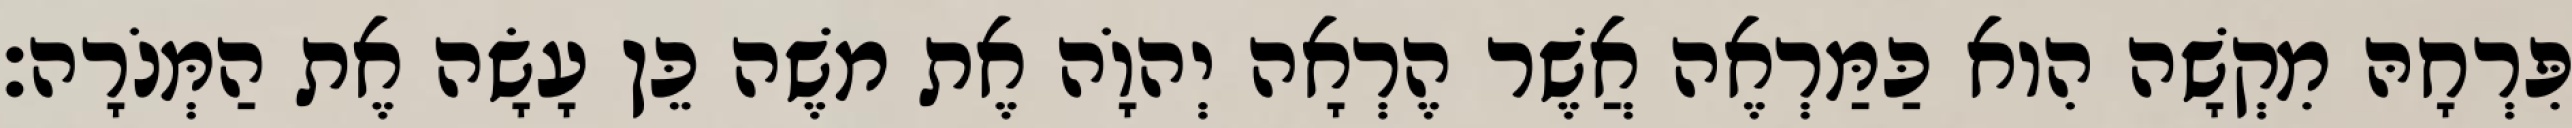
פִּרְחָהּ מִקְשָׁה הִוא כַּמַּרְאֶה אֲשֶׁר הֶרְאָה יְהוָֹה אֶת משֶׁה כֵּן עָשָׂה אֶת הַמְּנֹרָה׃